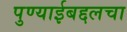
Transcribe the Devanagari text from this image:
पुण्याईबद्दलचा